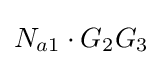
N_{a1}\cdot G_{2}G_{3}